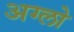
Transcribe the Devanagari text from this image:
अग्लो